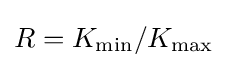
R=K_{\min }/K_{\max }